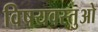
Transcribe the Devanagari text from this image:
विषयवस्तुओ